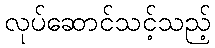
လုပ်ဆောင်သင့်သည့်